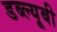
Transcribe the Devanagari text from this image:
डब्ल्यूबी